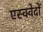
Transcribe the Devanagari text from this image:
एस्क्वेदों